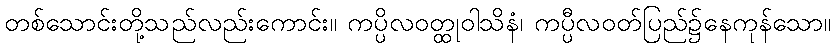
တစ်သောင်းတို့သည်လည်းကောင်း။ ကပ္ပိလဝတ္ထုဝါသိနံ၊ ကပ္ပီလဝတ်ပြည်၌နေကုန်သော။